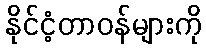
နိုင်ငံ့တာဝန်များကို